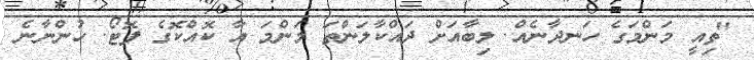
"ތިއީ މަންމަގެ ހަނދާނެއް. ލިބާއަށް ދައްކާލަންތަ މަންމަ އާ ކޮއްކޮގެ ފޮޓޯ. ހުންނާނެ